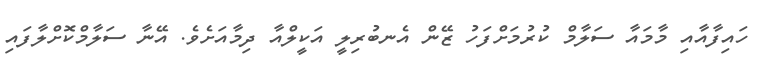
ހައިފާއާއި މާމައާ ސަލާމް ކުރުމަށްފަހު ޒޭން އެނބުރިލީ އަކީލްއާ ދިމާއަށެވެ. އޭނާ ސަލާމްކޮށްލާފައި